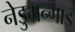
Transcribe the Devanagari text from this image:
नेडुमन्गाड